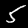
Digit: 5